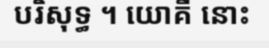
បរិសុទ្ធ ។ យោគី នោះ